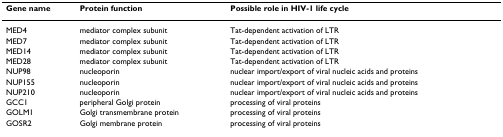
<table><thead><tr><td><b>Gene name</b></td><td><b>Protein function</b></td><td><b>Possible role in HIV-1 life cycle</b></td></tr></thead><tbody><tr><td>MED4</td><td>mediator complex subunit</td><td>Tat-dependent activation of LTR</td></tr><tr><td>MED7</td><td>mediator complex subunit</td><td>Tat-dependent activation of LTR</td></tr><tr><td>MED14</td><td>mediator complex subunit</td><td>Tat-dependent activation of LTR</td></tr><tr><td>MED28</td><td>mediator complex subunit</td><td>Tat-dependent activation of LTR</td></tr><tr><td>NUP98</td><td>nucleoporin</td><td>nuclear import/export of viral nucleic acids and proteins</td></tr><tr><td>NUP155</td><td>nucleoporin</td><td>nuclear import/export of viral nucleic acids and proteins</td></tr><tr><td>NUP210</td><td>nucleoporin</td><td>nuclear import/export of viral nucleic acids and proteins</td></tr><tr><td>GCC1</td><td>peripheral Golgi protein</td><td>processing of viral proteins</td></tr><tr><td>GOLM1</td><td>Golgi transmembrane protein</td><td>processing of viral proteins</td></tr><tr><td>GOSR2</td><td>Golgi membrane protein</td><td>processing of viral proteins</td></tr></tbody></table>